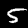
Digit: 5